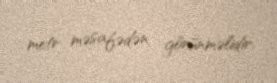
metr məsafədən görünməlidir.